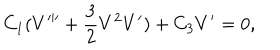
C _ { 1 } ( V ^ { \prime \prime \prime } + \frac { 3 } { 2 } V ^ { 2 } V ^ { \prime } ) + C _ { 3 } V ^ { \prime } = 0 ,